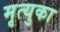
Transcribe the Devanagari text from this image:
मृत्युका